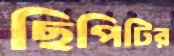
ছিপিটির